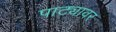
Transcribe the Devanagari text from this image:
पाट्यावर